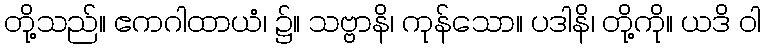
တို့သည်။ ဧကဂါထာယံ၊ ၌။ သဗ္ဗာနိ၊ ကုန်သော။ ပဒါနိ၊ တို့ကို။ ယဒိ ဝါ